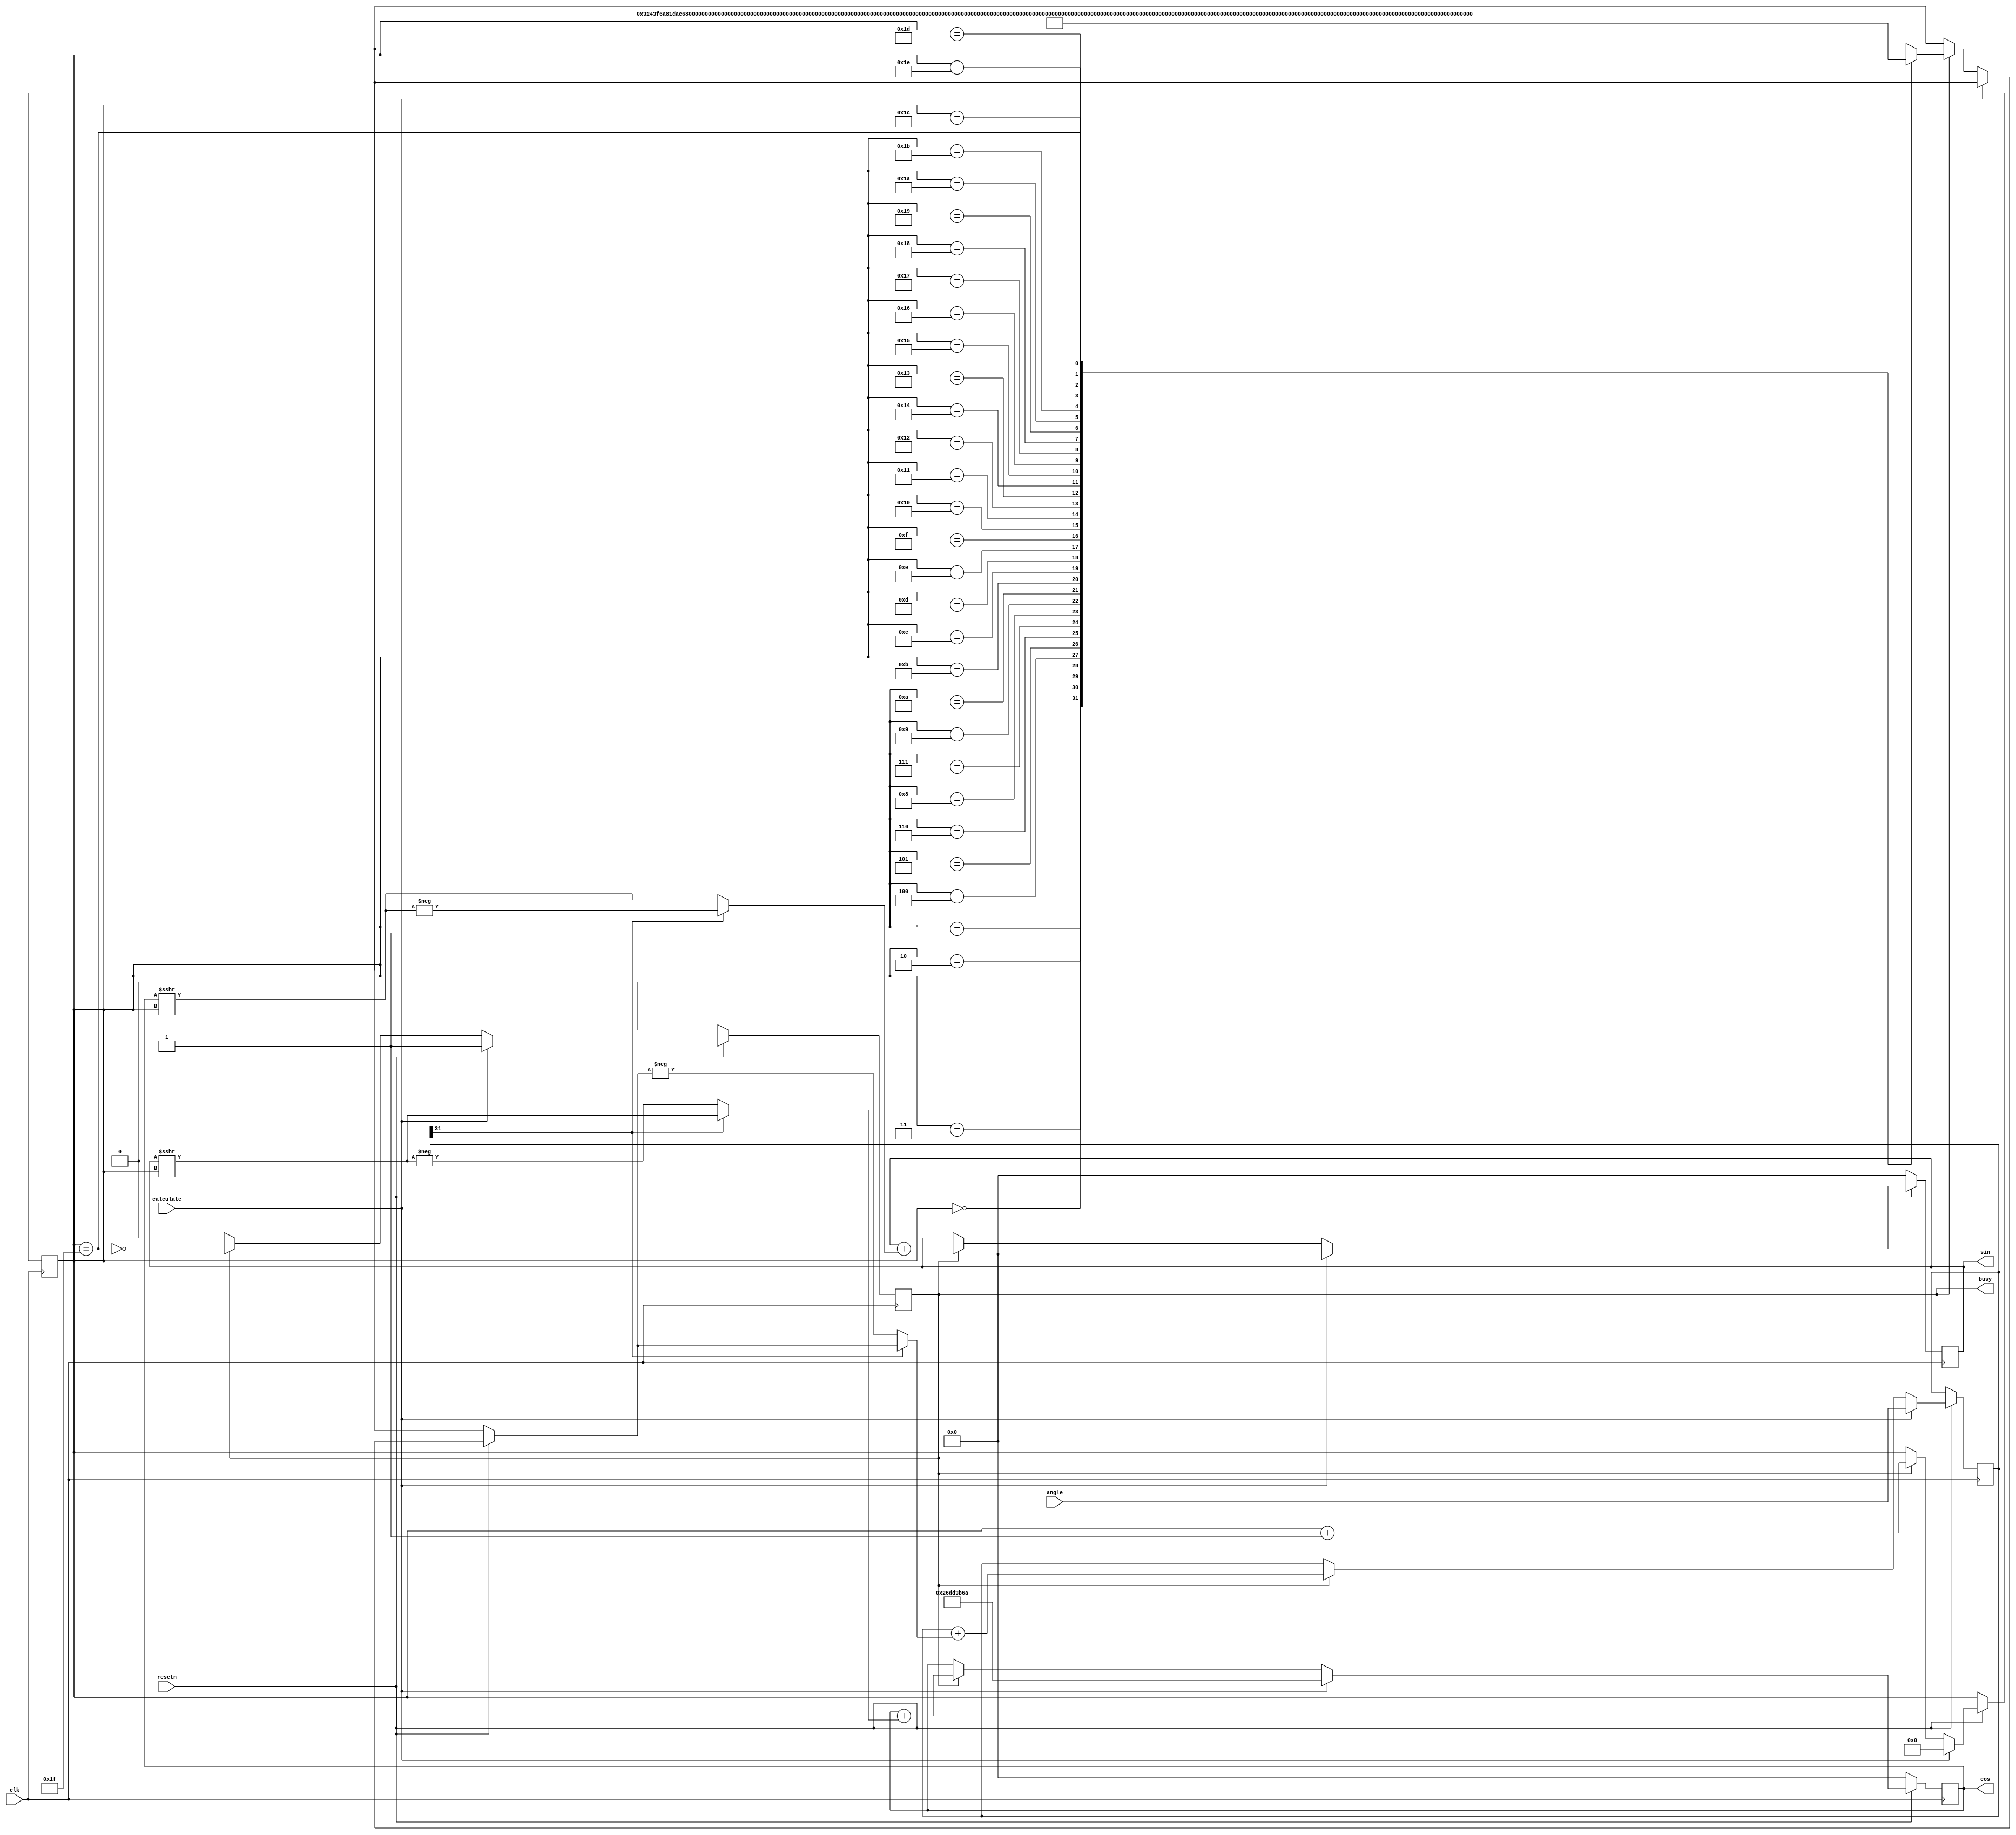

module cordic(
  input             resetn,     // Reset, active low
  input             clk,        // Clock
  input             calculate,  // Set high for one clock cycle to start calculation
  input      [31:0] angle,      // Desired angle in S1.30 fixpoint format, range +-1.74, slightly more than +-Pi/2
  output reg [31:0] cos,        // Cosine, S1.30
  output reg [31:0] sin,        // Sine,   S1.30
  output reg        busy        // High while calculation in progress
);

  // Constants generated with GNU Octave:
  // format bank
  // transpose(2^30*atan(2.^-linspace(0, 31, 32)))
  // Decimal digits truncated without rounding.

  wire [31:0] beta [31:0];

  assign beta[ 0] = 32'd843314856 ;
  assign beta[ 1] = 32'd497837829 ;
  assign beta[ 2] = 32'd263043836 ;
  assign beta[ 3] = 32'd133525158 ;
  assign beta[ 4] = 32'd67021686 ;
  assign beta[ 5] = 32'd33543515 ;
  assign beta[ 6] = 32'd16775850 ;
  assign beta[ 7] = 32'd8388437 ;
  assign beta[ 8] = 32'd4194282 ;
  assign beta[ 9] = 32'd2097149 ;
  assign beta[10] = 32'd1048575 ;
  assign beta[11] = 32'd524287 ;
  assign beta[12] = 32'd262143 ;
  assign beta[13] = 32'd131072 ;
  assign beta[14] = 32'd65536 ;
  assign beta[15] = 32'd32768 ;
  assign beta[16] = 32'd16384 ;
  assign beta[17] = 32'd8192 ;
  assign beta[18] = 32'd4096 ;
  assign beta[19] = 32'd2048 ;
  assign beta[20] = 32'd1024 ;
  assign beta[21] = 32'd512 ;
  assign beta[22] = 32'd256 ;
  assign beta[23] = 32'd128 ;
  assign beta[24] = 32'd64 ;
  assign beta[25] = 32'd32 ;
  assign beta[26] = 32'd16 ;
  assign beta[27] = 32'd8 ;
  assign beta[28] = 32'd4 ;
  assign beta[29] = 32'd2 ;
  assign beta[30] = 32'd1 ;
  assign beta[31] = 32'd0 ;

  reg [31:0] phi;
  reg [4:0] count;

  wire [31:0] cos_arshift = $signed(cos) >>> count;
  wire [31:0] sin_arshift = $signed(sin) >>> count;

  always @(posedge clk) begin
    if (~resetn) begin
        cos  <= 0;
        sin  <= 0;
        busy <= 0;
    end else begin

      if (calculate) begin

        cos   <= 32'd652032874; // Cancel gain of algorithm by initialising with 2^30*prod(1./sqrt(1+2.^(-2*linspace(0, 31, 32))))
        sin   <= 0;
        phi   <= angle;         // Latch initial angle, as it might only be stable while calculate signal is high
        count <= 0;
        busy  <= 1;

      end else
      if (busy) begin
        cos <= cos + (phi[31] ?  sin_arshift : -sin_arshift);
        sin <= sin + (phi[31] ? -cos_arshift :  cos_arshift);
        phi <= phi + (phi[31] ?  beta[count] : -beta[count]);

        busy  <= ~(count == 31);
        count <= count + 1;
      end
    end
  end

endmodule